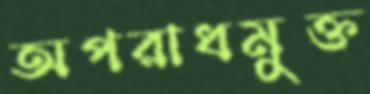
অপরাধমুক্ত